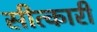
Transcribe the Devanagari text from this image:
सीत्कारी